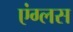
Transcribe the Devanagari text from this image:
एंग्लस